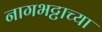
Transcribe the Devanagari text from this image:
नागभट्टाच्या